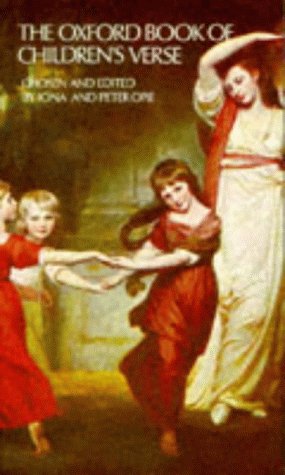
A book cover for The Oxford Book of Children's Verse (Oxford Books of Verse); Teen & Young Adult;